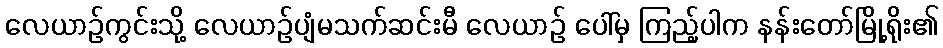
လေယာဉ်ကွင်းသို့ လေယာဉ်ပျံမသက်ဆင်းမီ လေယာဉ် ပေါ်မှ ကြည့်ပါက နန်းတော်မြို့ရိုး၏